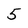
Character: 5